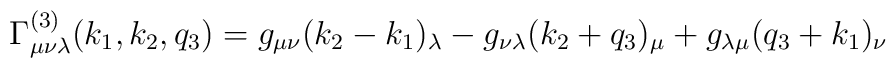
\Gamma _{\mu \nu \lambda }^{(3)}(k_1,k_2,q_3)=g_{\mu \nu }(k_2-k_1)_\lambda-g_{\nu \lambda }(k_2+q_3)_\mu +g_{\lambda \mu }(q_3+k_1)_\nu